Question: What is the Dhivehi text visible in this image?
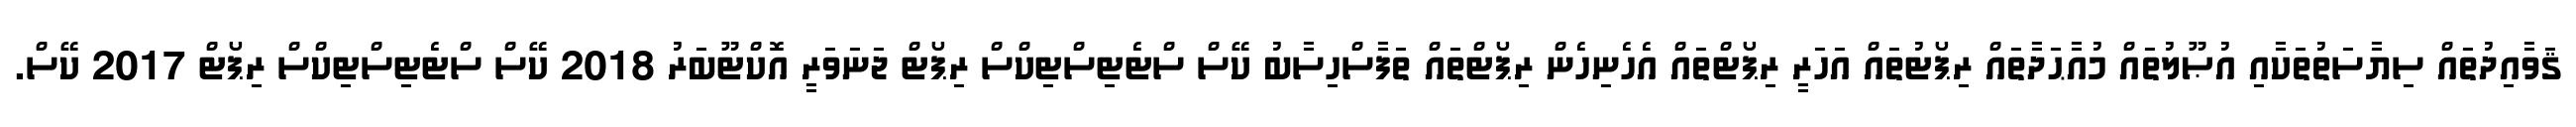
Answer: ޤަވާއިދުތައް ސިޔާސަތުތަކާއި އުޞޫލުތައް މުއާޙަދާތައް ރިޕޯޓުތައް އަހަރީ ރިޕޯޓްތައް އެހެނިހެން ރިޕޯޓްތައް ތަފާސްހިސާބު ކޭސް ސްޓެޓިސްޓިކްސް ރިޕޯޓް ޖަނަވަރީ އޮކްޓޫބަރު 2018 ކޭސް ސްޓެޓިސްޓިކްސް ރިޕޯޓް 2017 ކޭސް.